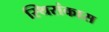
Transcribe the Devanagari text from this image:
स्थिरांकास